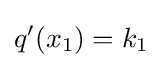
q'(x_{1})=k_{1}